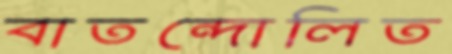
বাতন্দোলিত